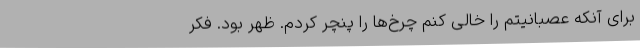
برای آنکه عصبانیتم را خالی کنم چرخ‌ها را پنچر کردم. ظهر بود. فکر